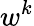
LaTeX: w^{k}